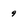
Character: 9